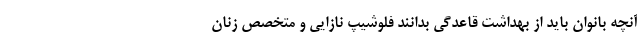
آنچه بانوان باید از بهداشت قاعدگی بدانند فلوشیپ نازایی و متخصص زنان